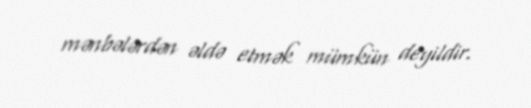
mənbələrdən əldə etmək mümkün deyildir.